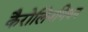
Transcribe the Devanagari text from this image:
कैरोलिनगियन